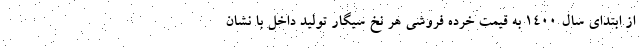
از ابتدای سال ۱۴۰۰ به قیمت خرده فروشی هر نخ سیگار تولید داخل با نشان